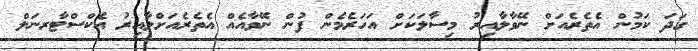
ގަދަ ކަމުން އެތެރެއަށް ނޭވާލާއިރު މިސާލަކަށް އަހަރެމެން ފުން ނޭވާއެއް އެތެރެއަށްލާއިރު އެކްސްޓާރނަލް